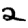
Digit: 2